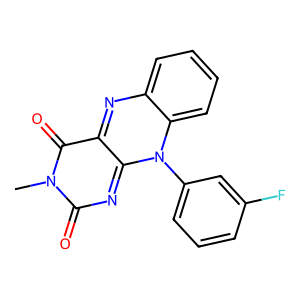
SMILES: Cn1c(=O)nc2n(-c3cccc(F)c3)c3ccccc3nc-2c1=O
Inhibits HIV replication: No